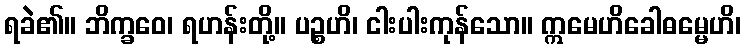
ရခဲ၏။ ဘိက္ခဝေ၊ ရဟန်းတို့။ ပဉ္စဟိ၊ ငါးပါးကုန်သော။ ဣမေဟိခေါဓမ္မေဟိ၊